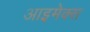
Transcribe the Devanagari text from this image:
आइमेक्स